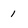
Character: 1